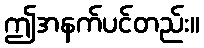
ဤအနက်ပင်တည်း။